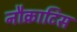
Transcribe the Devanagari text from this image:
नौक्राटिस